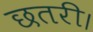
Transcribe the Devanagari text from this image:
छतरी।